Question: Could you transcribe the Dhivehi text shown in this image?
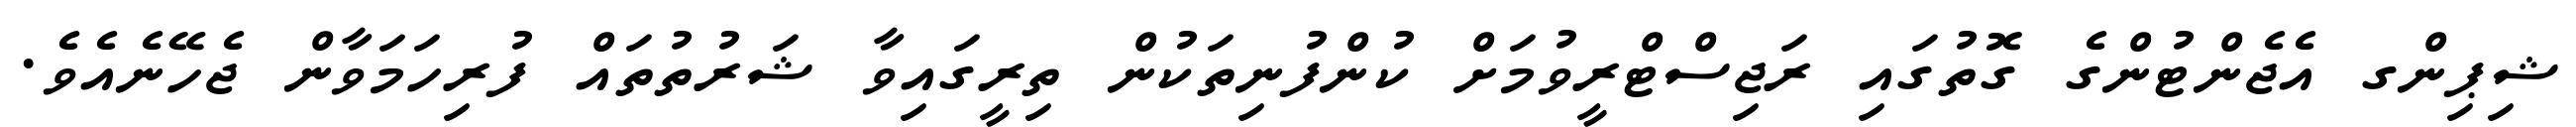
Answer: ޝިޕިންގ އެޖެންޓުންގެ ގޮތުގައި ރަޖިސްޓްރީވުމަށް ކުންފުނިތަކުން ތިރީގައިވާ ޝަރުތުތައް ފުރިހަމަވާން ޖެހޭނެއެވެ.